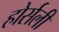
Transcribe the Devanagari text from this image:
होर्सली